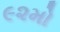
૯૨મો